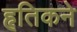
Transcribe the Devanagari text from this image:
हृतिकने